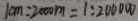
1 c m : 2 0 0 0 m = 1 : 2 0 0 0 0 0